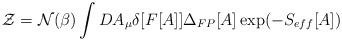
LaTeX: \begin{align*}{\cal Z} = {\cal N}(\beta) \int DA_\mu \delta[F[A]] \Delta_{FP}[A]\exp (-S_{eff}[A])\end{align*}